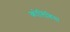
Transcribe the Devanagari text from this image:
कोलिंबिया